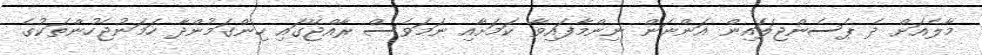
މާލެއަށް ދެ ޕެސެންޖަލައިން އަންނަން ނިންމާފައިވާ ކަމަށާއި ނަމަވެސް ރާއްޖޭގައި ހިންގަމުންދާ ހަމަނުޖެހުންތަކުގެ